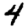
Digit: 4